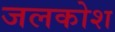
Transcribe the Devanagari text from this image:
जलकोश